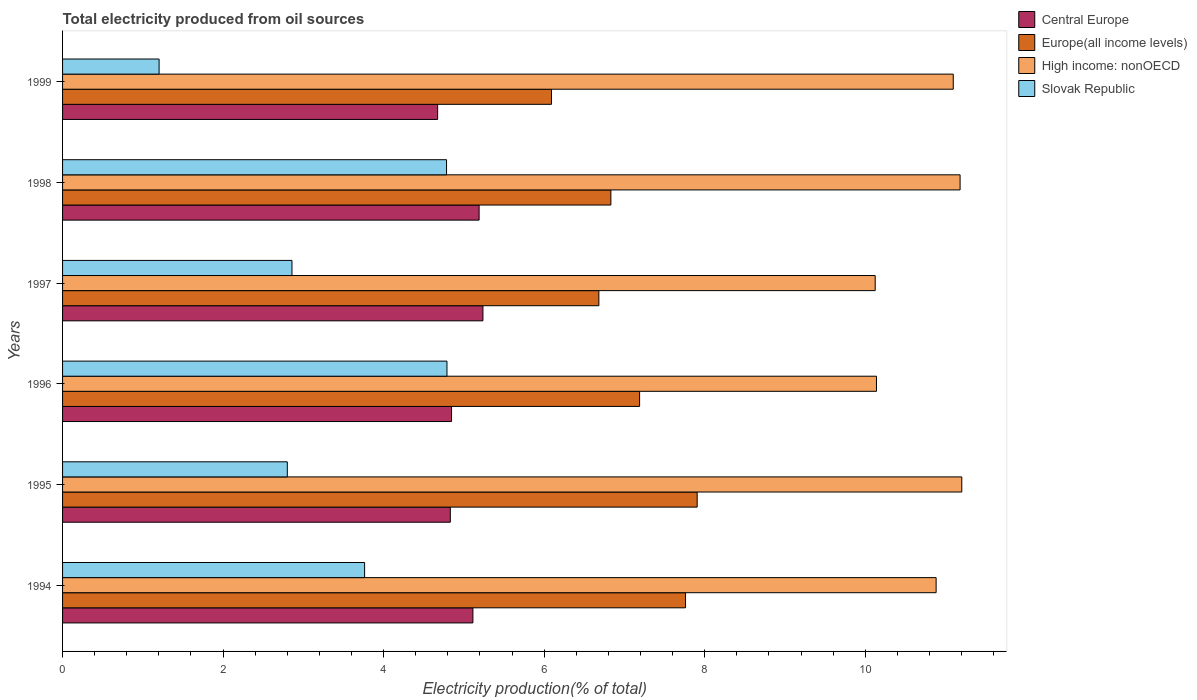
| Years | Central Europe | Europe(all income levels) | High income: nonOECD | Slovak Republic |
 | --- | --- | --- | --- | --- |
 | 1994 | 5.11 | 7.76 | 10.9 | 3.76 |
 | 1995 | 4.83 | 7.91 | 11.2 | 2.8 |
 | 1996 | 4.85 | 7.19 | 10.1 | 4.79 |
 | 1997 | 5.24 | 6.68 | 10.1 | 2.86 |
 | 1998 | 5.19 | 6.83 | 11.2 | 4.78 |
 | 1999 | 4.67 | 6.09 | 11.1 | 1.2 |